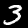
Label: 3